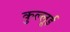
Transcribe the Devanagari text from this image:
कुल्लूई